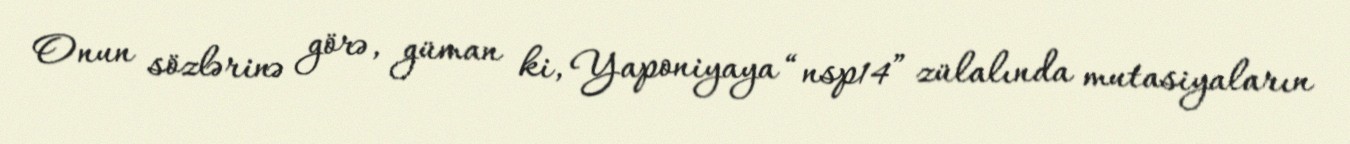
Onun sözlərinə görə, güman ki, Yaponiyaya “nsp14” zülalında mutasiyaların